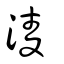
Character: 淩